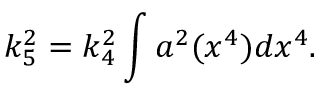
k _ { 5 } ^ { 2 } = k _ { 4 } ^ { 2 } \int a ^ { 2 } ( x ^ { 4 } ) d x ^ { 4 } .